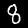
Label: 8